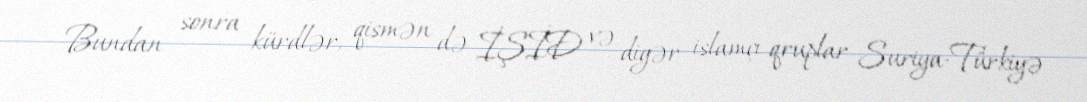
Bundan sonra kürdlər, qismən də İŞİD və digər islamçı qruplar Suriya-Türkiyə